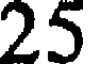
25